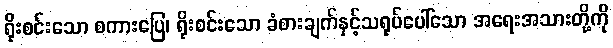
ရိုးစင်းသော စကားပြေ၊ ရိုးစင်းသော ခံစားချက်နှင့်သရုပ်ပေါ်သော အရေးအသားတို့ကို